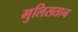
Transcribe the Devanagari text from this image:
गुलिसतान